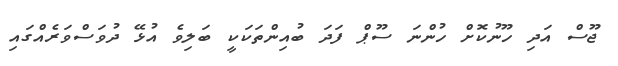
ޖޫސް އަދި ހޫނުކޮށް ހުންނަ ސޫޕް ފަދަ ބުއިންތަކަކީ ބަލިވެ އުޅޭ ދުވަސްވަރެއްގައި